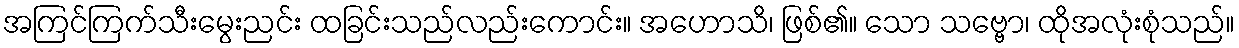
အကြင်ကြက်သီးမွေးညင်း ထခြင်းသည်လည်းကောင်း။ အဟောသိ၊ ဖြစ်၏။ သော သဗ္ဗော၊ ထိုအလုံးစုံသည်။